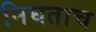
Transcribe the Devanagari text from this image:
निघताच